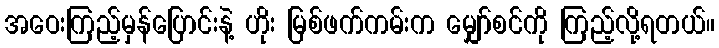
အဝေးကြည့်မှန်ပြောင်းနဲ့ ဟိုး မြစ်ဖက်ကမ်းက မျှော်စင်ကို ကြည့်လို့ရတယ်။